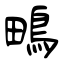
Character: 鴫